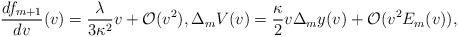
LaTeX: \begin{align*} \frac{df_{m+1}}{dv}(v)=\frac{\lambda}{3\kappa^2}v+\mathcal{O}(v^2),\Delta_mV(v)=\frac{\kappa}{2}v\Delta_my(v)+\mathcal{O}(v^2E_m(v)),\end{align*}